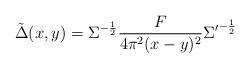
\begin{align*}\tilde{\Delta}(x,y)=\Sigma^{-\frac{1}{2}}\frac{F}{4\pi^2(x-y)^2}{\Sigma^\prime}^{-\frac{1}{2}}\end{align*}